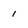
Character: 1